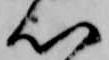
心